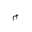
Letter: _mim